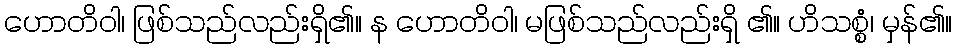
ဟောတိဝါ၊ ဖြစ်သည်လည်းရှိ၏။ န ဟောတိဝါ၊ မဖြစ်သည်လည်းရှိ ၏။ ဟိသစ္စံ၊ မှန်၏။